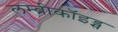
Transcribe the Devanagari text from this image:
लम्ब्रीकॉइड्स